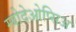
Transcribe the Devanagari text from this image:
म्योदेओप्सिअ